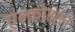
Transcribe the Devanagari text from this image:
एल्कोहाल